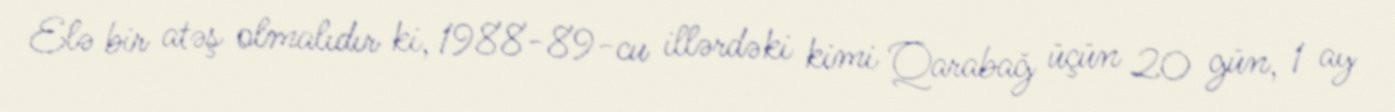
Elə bir atəş olmalıdır ki, 1988-89-cu illərdəki kimi Qarabağ üçün 20 gün, 1 ay